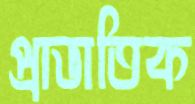
প্রাভাতিক